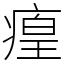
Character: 㾮